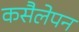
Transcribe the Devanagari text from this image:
कसैलेपन